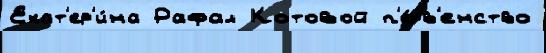
Екат'ер'и́на Рафал Котовой п'е́рв'енство